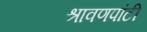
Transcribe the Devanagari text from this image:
श्रावणपांटी